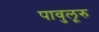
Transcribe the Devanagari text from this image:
पावुलूरु